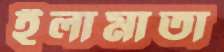
ইলামাতা